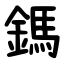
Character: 鎷